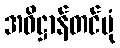
အဓိဋ္ဌာန်တင်ပုံ